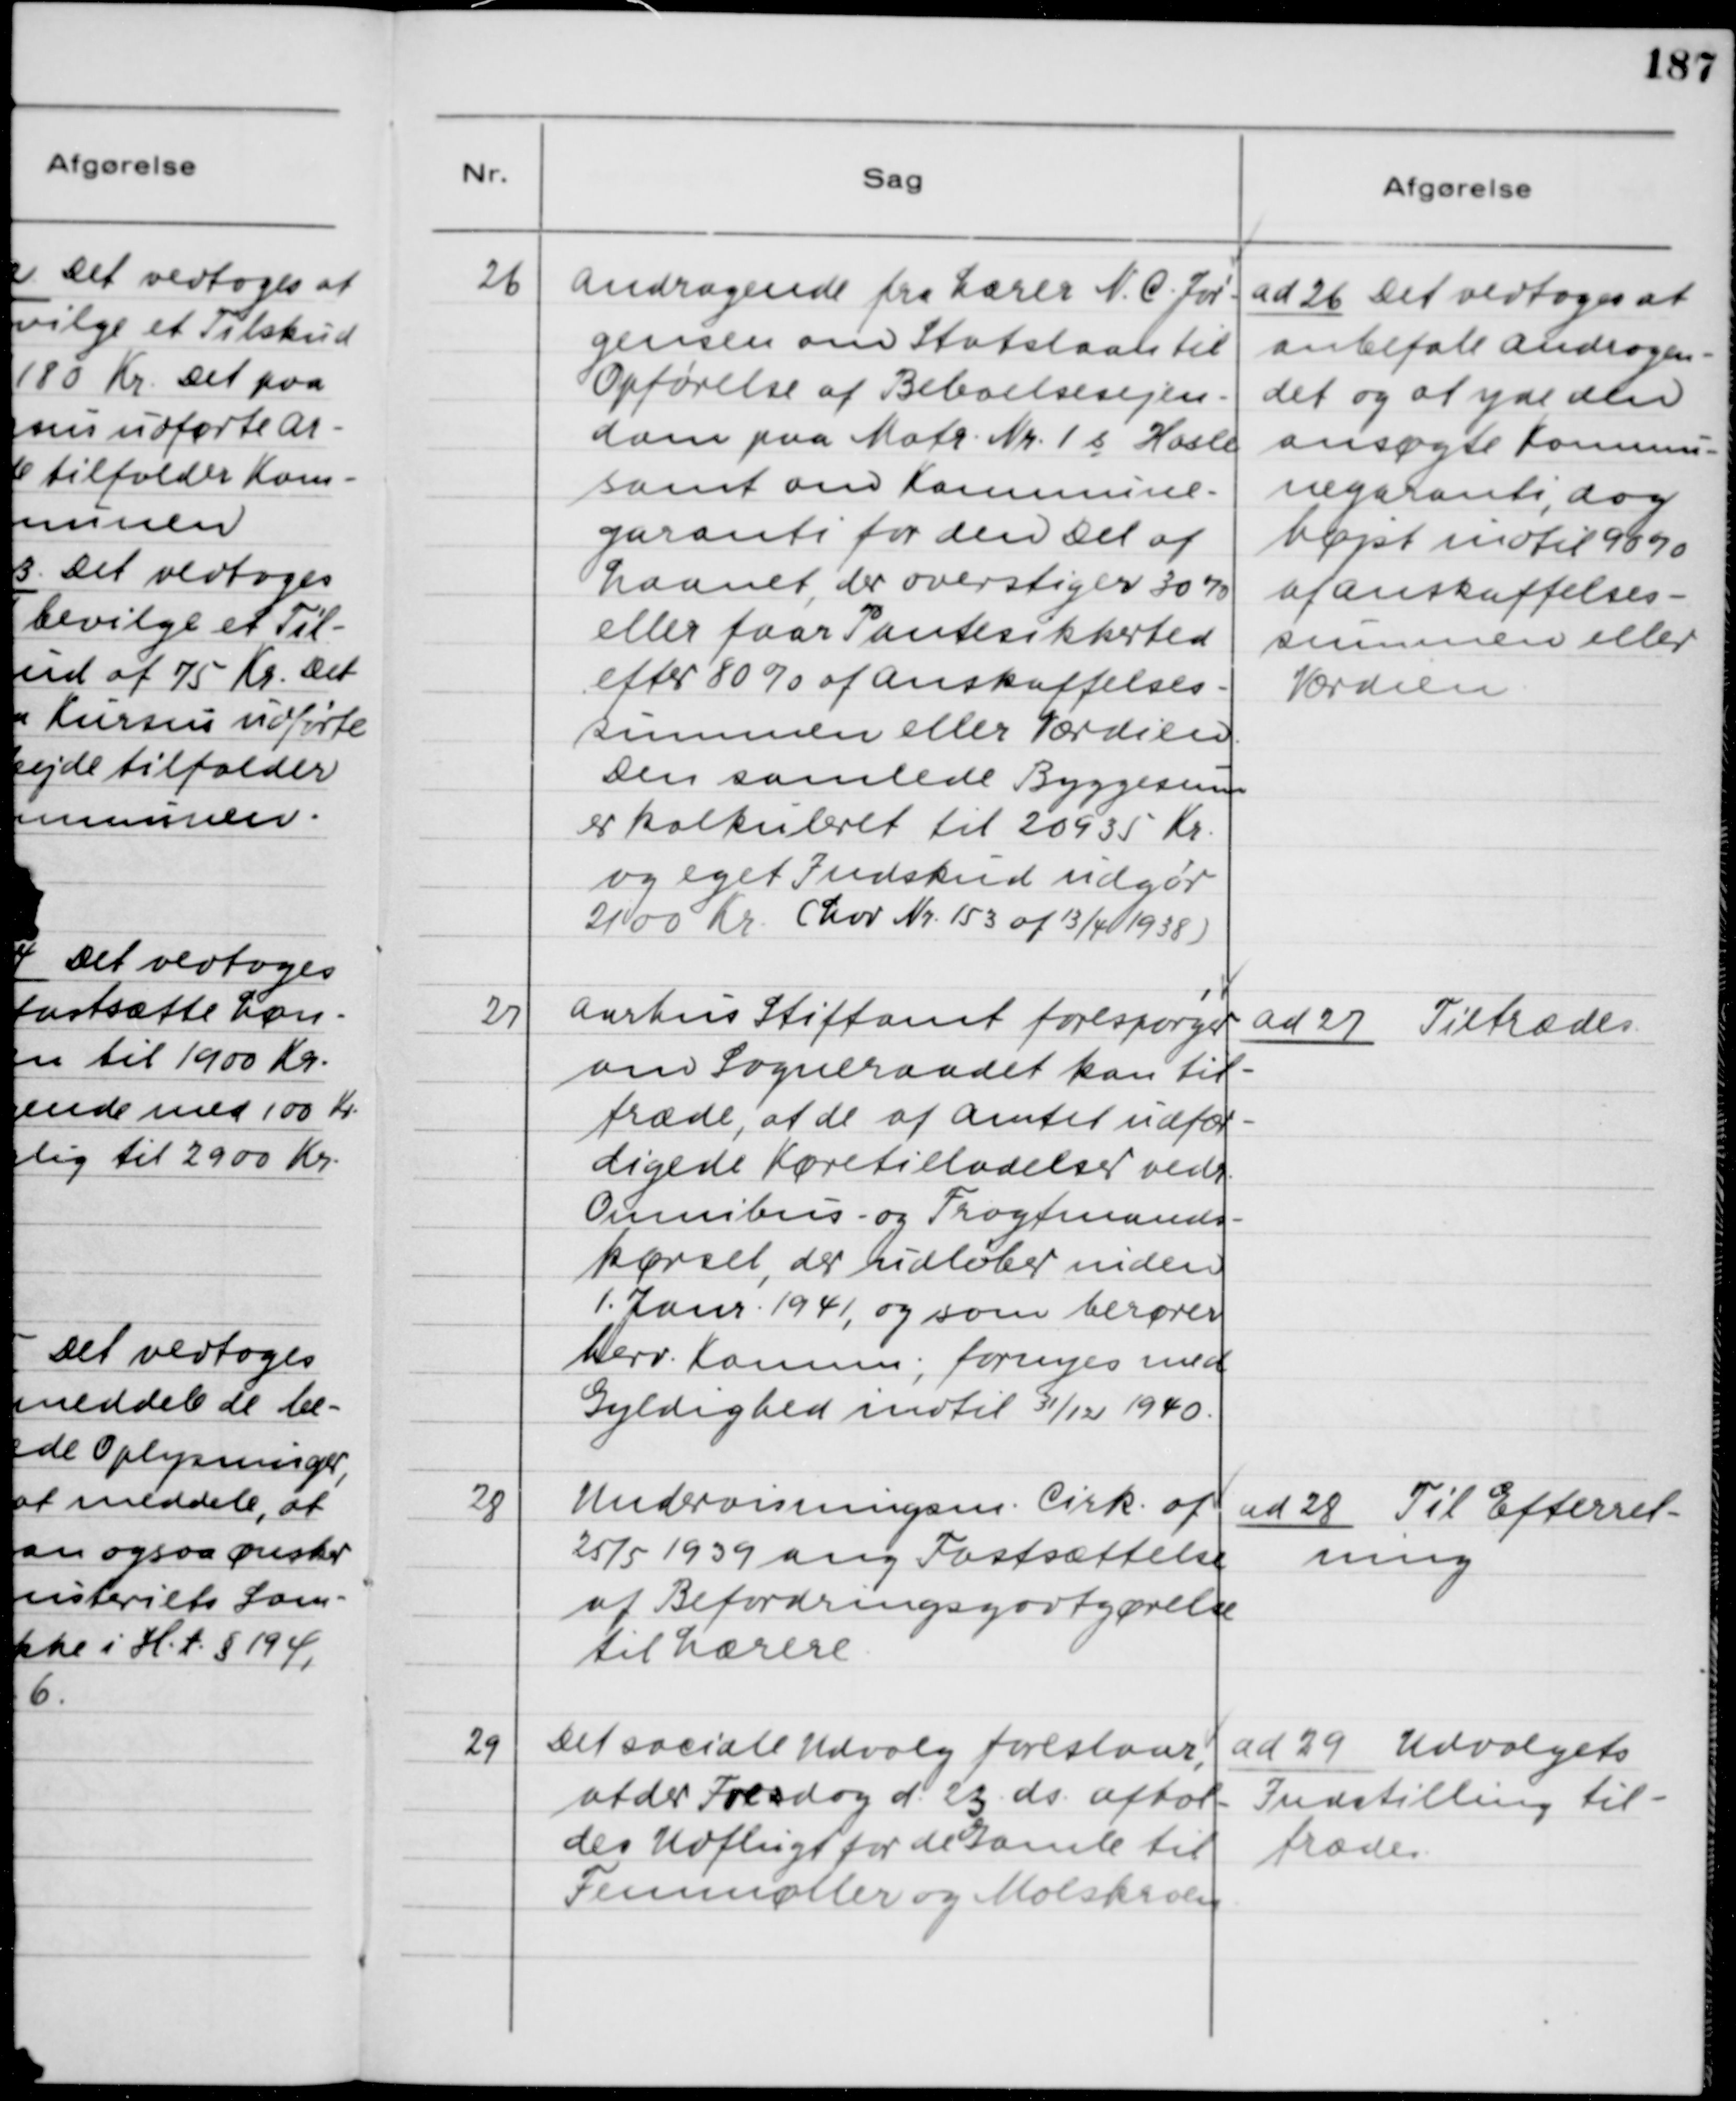
Transskription:
26

Andragende fra Lærer N. C. Jør-
gensen om Statslaan til
Opførelse af Beboelsesejen-
dom paa Matr. Nr. 1b, Hasle
samt om Kommune-
garanti for den Del af
Laanet, der overstiger 30%
eller faar Pantesikkerhed
efter 80% af Anskaffelses-
summen eller Værdien.
Den saamlede Byggesum
er kalkuleret til 20935 Kr.
og eget Indskud udgør
2100 Kr. (Lov Nr. 153 af 13/4 1938)

ad 26. Det vedtoges at
anbefale Andragen-
det og at yde den
ansøgte Kommu-
negaranti, dog
højst indtil 90 %
af Anskaffelses-
summen eller
Værdien.

27

Aarhus Stiftamt forespørger
om Sogneraadet kan til-
træde, at de af Amtet udfær-
digede Køretilladelser vedr.
Omnibus- og Fragtmands-
kørsel, der udløber inden
1. Janr. 1941, og som berører
herv. Komm; fornyes med
Gyldighed indtil 31/12 1940.

ad 27. Tiltrædes

28

Undervisningsm. Cirk. af
25/5 1939 ang. Fastsættelse
af Befordringsgodtgørelse
til Lærere.

ad 28. Til Efterret-
ning

29

Det sociale Udvalgs foreslaar,
at der Fresdag d. 23. ds. afhol-
des Udflugt for de Gamle til
Femmøller og Molskroen.

ad 29. Udvalgets
Indstilling til-
trædes.